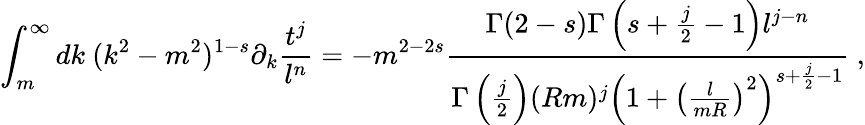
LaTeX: \int_{m}^{\infty}dk\ (k^{2}-m^{2})^{1-s}\partial_{k}\frac{t^{j}}{l^{n}}=-m^{2-2s}\frac{\Gamma(2-s)\Gamma\left(s+\frac j2-1\right)l^{j-n}}{\Gamma\left(\frac j2\right)(Rm)^{j}\left(1+\left(\frac{l}{mR}\right)^{2}\right)^{s+\frac j2-1}}\ ,